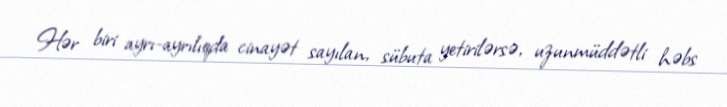
Hər biri ayrı-ayrılıqda cinayət sayılan, sübuta yetirilərsə, uzunmüddətli həbs